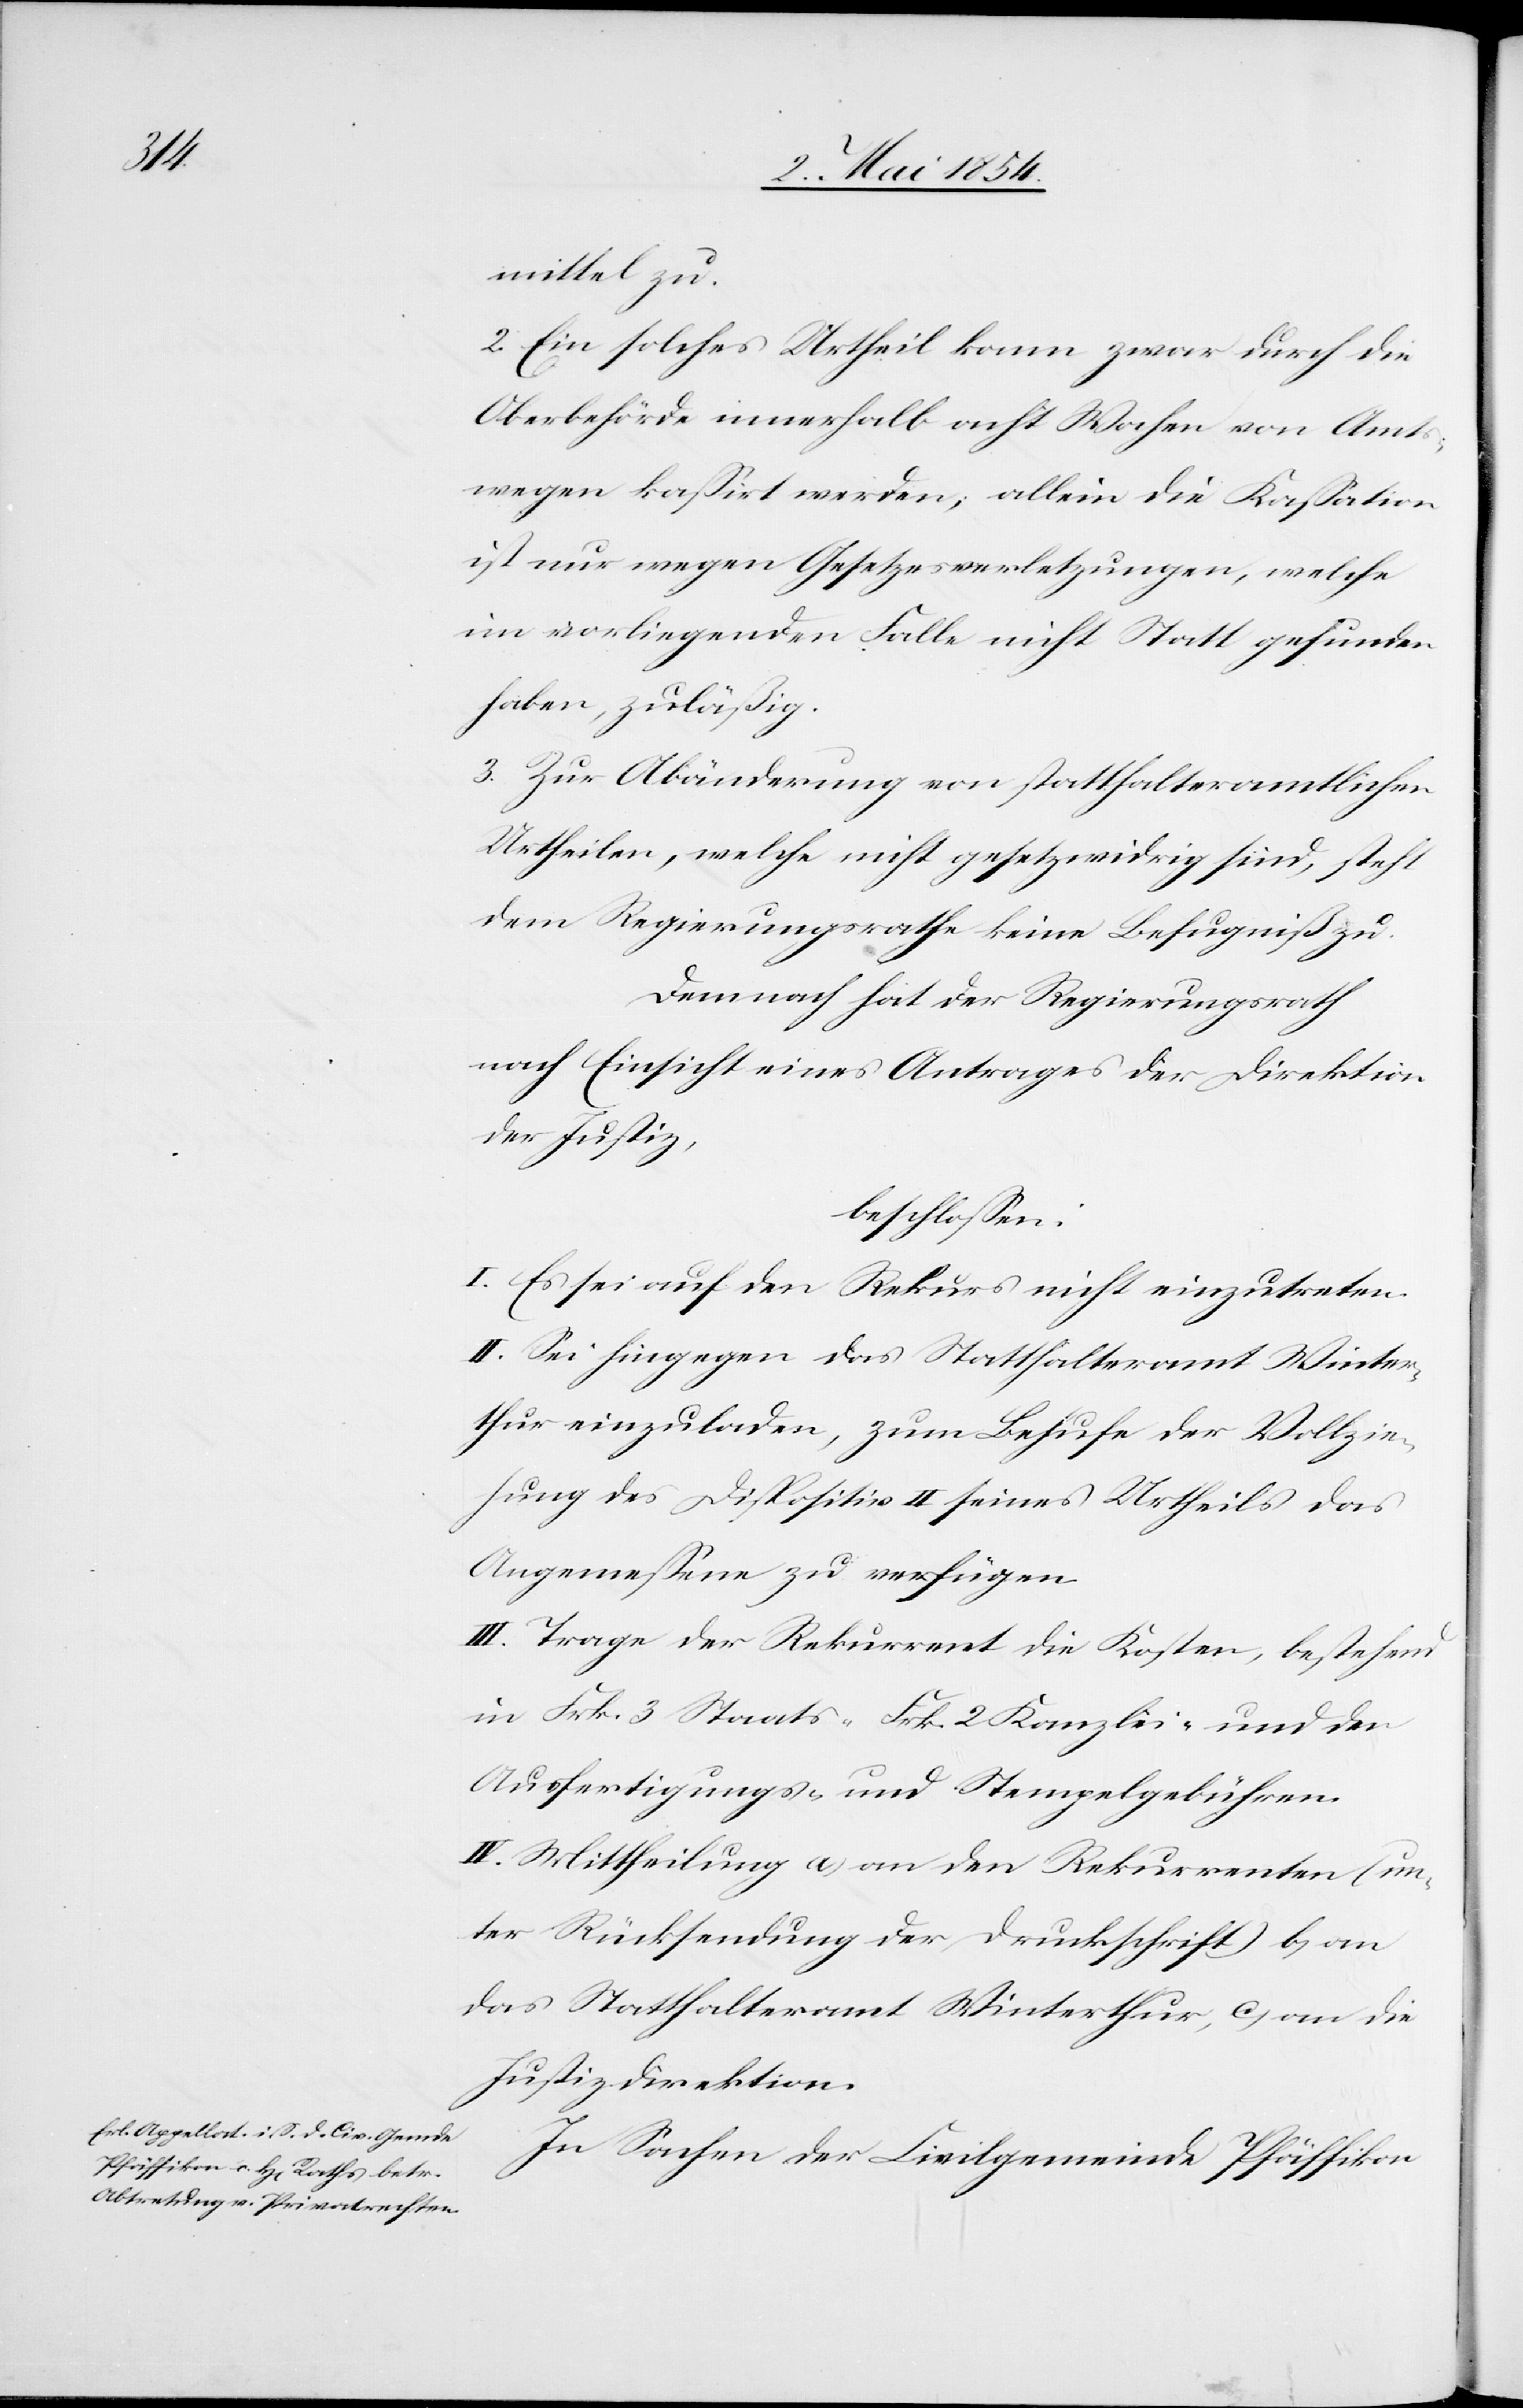
mittel zu.
2. Ein solches Urtheil kann zwar durch die
Oberbehörde innerhalb acht Wochen von Amts¬
wegen kaßirt werden; allein die Kaßation
ist nur wegen Gesetzesverletzungen, welche
im vorliegenden Falle nicht Statt gefunden
haben, zuläßig.
3. Zur Abänderung von statthalteramtlichen
Urtheilen, welche nicht gesetzwidrig sind, steht
dem Regierungsrathe keine Befugniß zu.
Demnach hat der Regierungsrath
nach Einsicht eines Antrages der Direktion
der Justiz,
beschloßen:
I. Es sei auf den Rekurs nicht einzutreten.
II. Sei hingegen das Statthalteramt Winter¬
thur eingeladen, zum Behufe der Vollzie¬
hung des Dispositiv II seines Urtheiles das
Angemeßene zu verfügen.
III. Trage der Rekurrent die Kosten, bestehend
in Frk. 3 Staats-[,] Frk. 2 Kanzlei- und den
Ausfertigungs- und Stempelgebühren.
IV. Mittheilung a) an den Rekurrenten (un¬
ter Rücksendung der Druckschrift) b) an
das Statthalteramt Winterthur, c) an die
Justizdirektion.
In Sachen der Civilgemeinde Pfäffikon